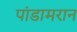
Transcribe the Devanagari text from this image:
पांडामरान